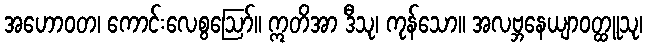
အဟောဝတ၊ ကောင်းလေစွဩော်။ ဣတိအာ ဒီသု၊ ကုန်သော။ အလဗ္ဘနေယျာဝတ္ထူသု၊